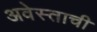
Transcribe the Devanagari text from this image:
अवेस्ताची